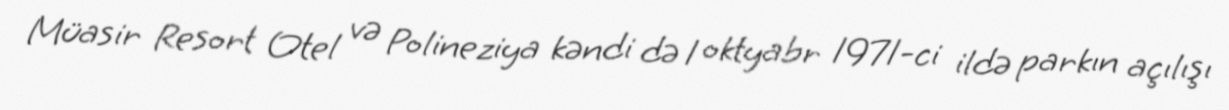
Müasir Resort Otel və Polineziya kəndi də 1 oktyabr 1971-ci ildə parkın açılışı